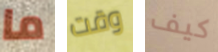
ما وقت كيف